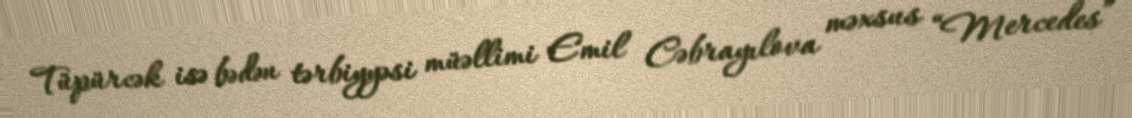
Tüpürcək isə bədən tərbiyyəsi müəllimi Emil Cəbrayılova məxsus “Mercedes”